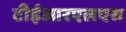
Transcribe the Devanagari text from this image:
टीईआरएलएस